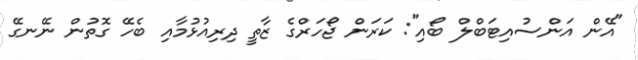
"އޭން އަންސުއިޓަބްލް ބޯއި": ކަރަން ޖޯހަރްގެ ޒާތީ ދިރިއުޅުމާއި ބެހޭ ގޮތުން ނޭނގޭ